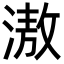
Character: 滶